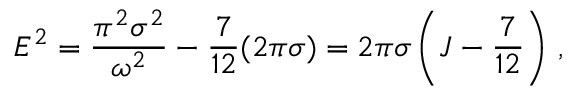
E ^ { 2 } = \frac { \pi ^ { 2 } \sigma ^ { 2 } } { \omega ^ { 2 } } - \frac { 7 } { 1 2 } ( 2 \pi \sigma ) = 2 \pi \sigma \left( J - \frac { 7 } { 1 2 } \right) \, ,